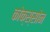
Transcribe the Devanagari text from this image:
कोक्स्सोन